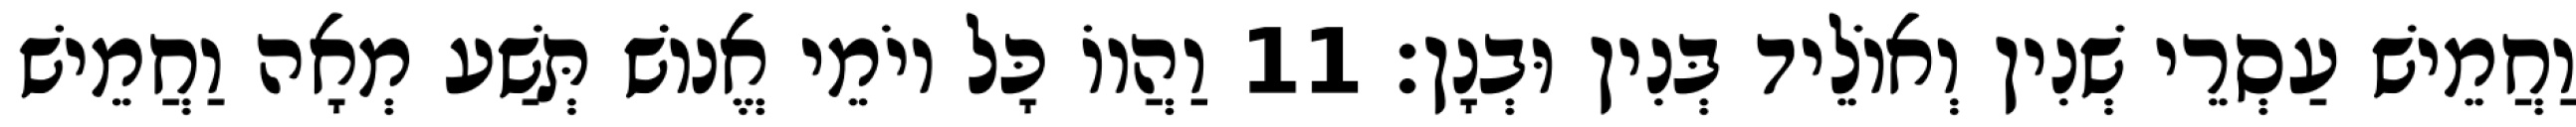
וַחֲמֵישׁ עַסְרֵי שְׁנִין וְאוֹלֵיד בְּנִין וּבְנָן׃ 11 וַהֲווֹ כָּל יוֹמֵי אֱנוֹשׁ תְּשַׁע מְאָה וַחֲמֵישׁ